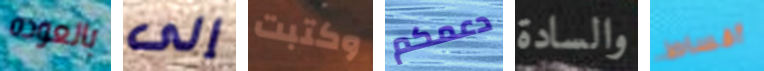
بالعوده إلى وكتبت دعمكم والسادة أقساط